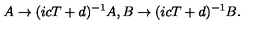
A \rightarrow ( i c T + d ) ^ { - 1 } A , B \rightarrow ( i c T + d ) ^ { - 1 } B .